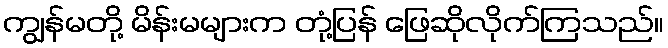
ကျွန်မတို့ မိန်းမများက တုံ့ပြန် ဖြေဆိုလိုက်ကြသည်။